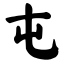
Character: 屯